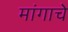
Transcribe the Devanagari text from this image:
मांगाचे